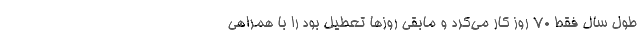
طول سال فقط ۷۰ روز کار می‌کرد و مابقی روز‌ها تعطیل بود را با همراهی